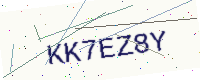
Text: KK7EZ8Y